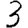
Digit: 3